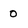
Character: 0